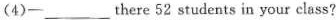
(4) - ___ there 52 students in your class?